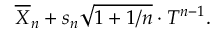
{ \overline { { X } } } _ { n } + s _ { n } { \sqrt { 1 + 1 / n } } \cdot T ^ { n - 1 } .